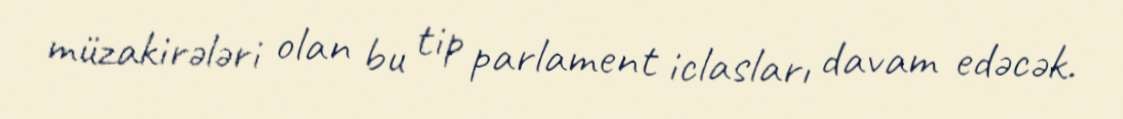
müzakirələri olan bu tip parlament iclasları davam edəcək.